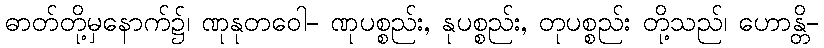
ဓာတ်တို့မှနောက်၌၊ ဏုနုတဝေါ- ဏုပစ္စည်း, နုပစ္စည်း, တုပစ္စည်း တို့သည်၊ ဟောန္တိ-